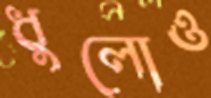
ধুলোও